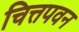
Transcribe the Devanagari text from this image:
चित्तपवन